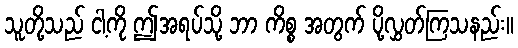
သူတို့သည် ငါ့ကို ဤအရပ်သို့ ဘာ ကိစ္စ အတွက် ပို့လွှတ်ကြသနည်း။